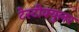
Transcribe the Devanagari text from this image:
टेस्टीक्युलर